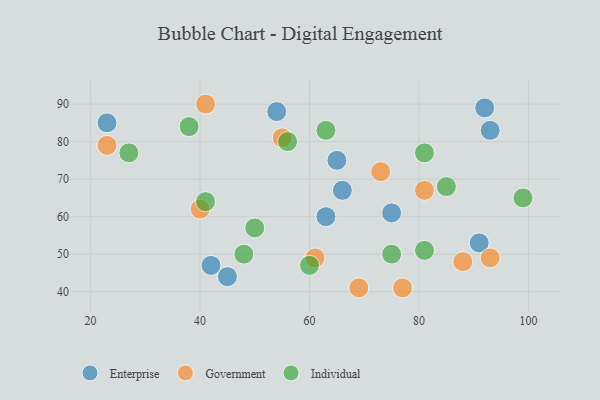
{"axis": {"x": "GDP", "y": "Life Expectancy"}, "legend": ["Enterprise", "Government", "Individual"], "data": [{"x": "93", "y": 83, "type": "Enterprise"}, {"x": "66", "y": 67, "type": "Enterprise"}, {"x": "92", "y": 89, "type": "Enterprise"}, {"x": "65", "y": 75, "type": "Enterprise"}, {"x": "45", "y": 44, "type": "Enterprise"}, {"x": "75", "y": 61, "type": "Enterprise"}, {"x": "42", "y": 47, "type": "Enterprise"}, {"x": "54", "y": 88, "type": "Enterprise"}, {"x": "91", "y": 53, "type": "Enterprise"}, {"x": "63", "y": 60, "type": "Enterprise"}, {"x": "23", "y": 85, "type": "Enterprise"}, {"x": "41", "y": 90, "type": "Government"}, {"x": "88", "y": 48, "type": "Government"}, {"x": "61", "y": 49, "type": "Government"}, {"x": "81", "y": 67, "type": "Government"}, {"x": "73", "y": 72, "type": "Government"}, {"x": "69", "y": 41, "type": "Government"}, {"x": "40", "y": 62, "type": "Government"}, {"x": "23", "y": 79, "type": "Government"}, {"x": "55", "y": 81, "type": "Government"}, {"x": "93", "y": 49, "type": "Government"}, {"x": "77", "y": 41, "type": "Government"}, {"x": "56", "y": 80, "type": "Individual"}, {"x": "38", "y": 84, "type": "Individual"}, {"x": "75", "y": 50, "type": "Individual"}, {"x": "50", "y": 57, "type": "Individual"}, {"x": "27", "y": 77, "type": "Individual"}, {"x": "63", "y": 83, "type": "Individual"}, {"x": "81", "y": 51, "type": "Individual"}, {"x": "41", "y": 64, "type": "Individual"}, {"x": "99", "y": 65, "type": "Individual"}, {"x": "60", "y": 47, "type": "Individual"}, {"x": "48", "y": 50, "type": "Individual"}, {"x": "81", "y": 77, "type": "Individual"}, {"x": "85", "y": 68, "type": "Individual"}]}